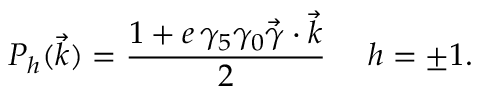
P _ { h } ( \vec { k } ) = \frac { 1 + e \, \gamma _ { 5 } \gamma _ { 0 } \vec { \gamma } \cdot { \vec { k } } } { 2 } ~ ~ ~ ~ h = \pm 1 .